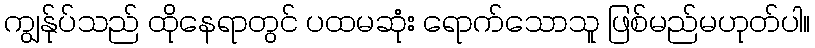
ကျွန်ုပ်သည် ထိုနေရာတွင် ပထမဆုံး ရောက်သောသူ ဖြစ်မည်မဟုတ်ပါ။